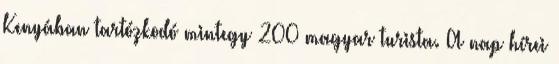
Kenyában tartózkodó mintegy 200 magyar turista. A nap hírei